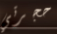
حجرتي